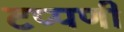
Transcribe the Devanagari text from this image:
टप्पणी